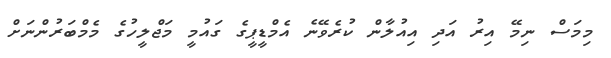
މިމަސް ނިމޭ އިރު އަދި އިއުލާން ކުރެވޭނެ އެމްޑީޕީގެ ގައުމީ މަޖްލީހުގެ މެމްބަރުންނަށް